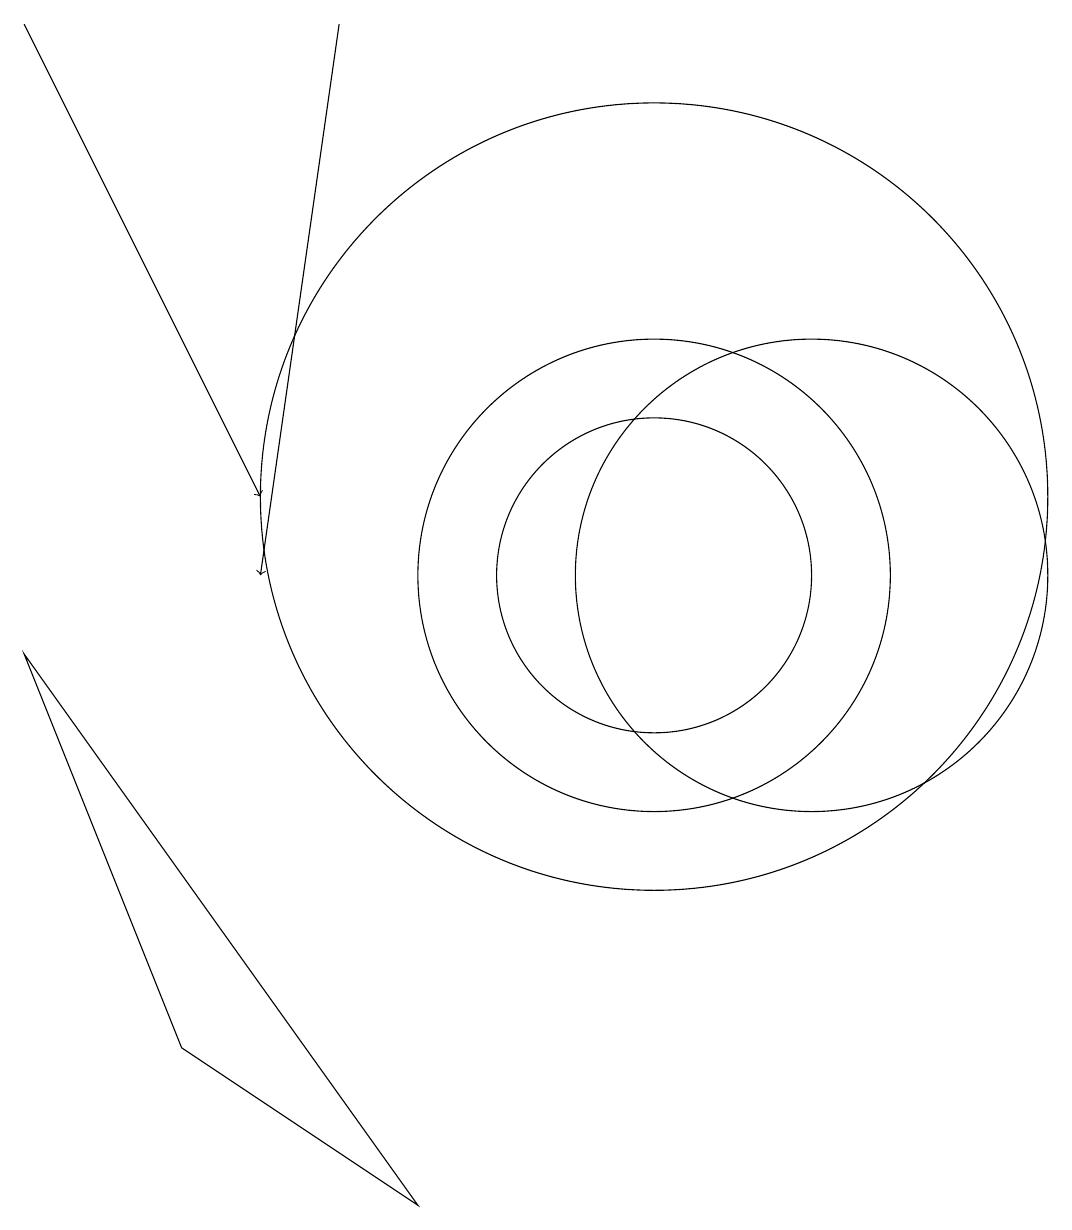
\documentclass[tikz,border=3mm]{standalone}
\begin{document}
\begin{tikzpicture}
\draw (10,11) circle (5);
\draw[->] (6,17) -- (5,10);
\draw[->] (2,17) -- (5,11);
\draw (4,4) -- (7,2) -- (2,9) -- cycle;
\draw (12,10) circle (3);
\draw (10,10) circle (3);
\draw (10,10) circle (2);
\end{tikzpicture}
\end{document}